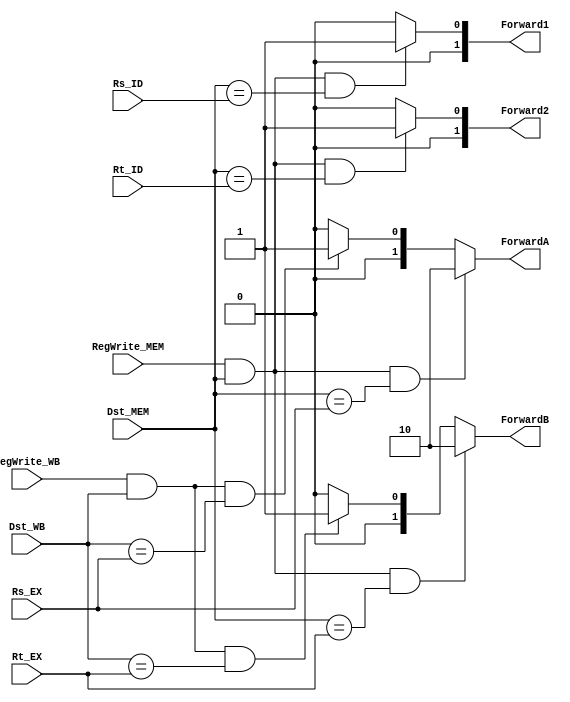
`timescale 1ns / 1ps


module Forwarding(
    input       [4:0]   Rs_ID,
                        Rt_ID,
                        Rs_EX,
                        Rt_EX,
                        Dst_MEM,
                        Dst_WB,
    input               RegWrite_MEM,
                        RegWrite_WB,
    output reg  [1:0]   ForwardA,
                        ForwardB,
                        Forward1,
                        Forward2
);

    initial begin
        ForwardA = 2'b00;
        ForwardB = 2'b00;
        Forward1 = 1'b0;
        Forward2 = 1'b0;
    end

    always @(*) begin
        if (RegWrite_MEM && Dst_MEM && Dst_MEM == Rs_EX)
            ForwardA = 2'b10;
        else if (RegWrite_WB && Dst_WB && Dst_WB == Rs_EX)
            ForwardA = 2'b01;
        else
            ForwardA = 2'b00;

        if (RegWrite_MEM && Dst_MEM && Dst_MEM == Rt_EX)
            ForwardB = 2'b10;
        else if (RegWrite_WB && Dst_WB && Dst_WB == Rt_EX)
            ForwardB = 2'b01;
        else
            ForwardB = 2'b00;

        //useless
        if (RegWrite_MEM && Dst_MEM && Dst_MEM == Rs_ID)
            Forward1 = 1'b1;
        else
            Forward1 = 1'b0;

        if (RegWrite_MEM && Dst_MEM && Dst_MEM == Rt_ID)
            Forward2 = 1'b1;
        else
            Forward2 = 1'b0;
    end

endmodule